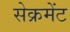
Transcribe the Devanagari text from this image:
सेक्रमेंट